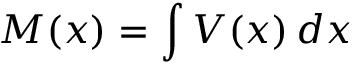
M ( x ) = \int V ( x ) \, d x